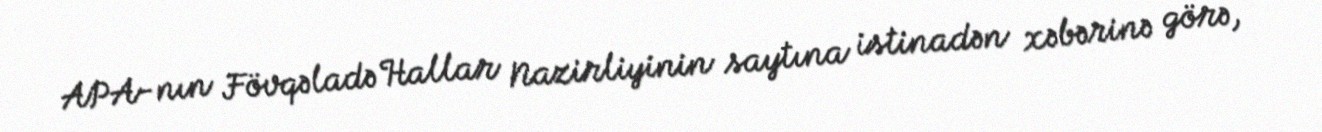
APA-nın Fövqəladə Hallar Nazirliyinin saytına istinadən xəbərinə görə,